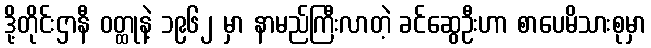
ဒို့တိုင်းဌာနီ ဝတ္ထုနဲ့ ၁၉၆၂ မှာ နာမည်ကြီးလာတဲ့ ခင်ဆွေဦးဟာ စာပေမိသားစုမှာ